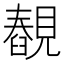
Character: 䚎